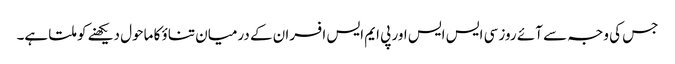
جس کی وجہ سے آئے روز سی ایس ایس اور پی ایم ایس افسران کے درمیان تناؤ کا ماحول دیکھنے کو ملتا ہے۔